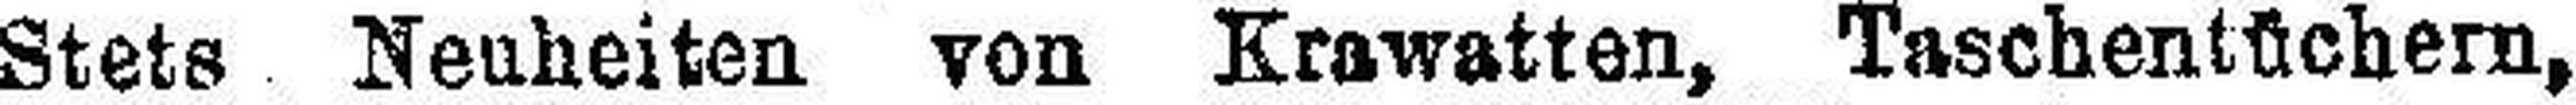
Stets Neuheiten von Krawatten, Taschentüchern,